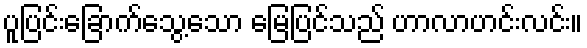
ပူပြင်းခြောက်သွေ့သော မြေပြင်သည် ဟာလာဟင်းလင်း။